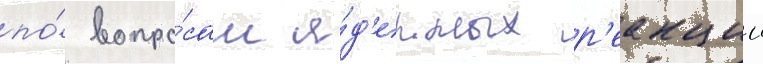
по́ вопро́сам я́д'ерных р'еакции